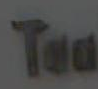
Tea